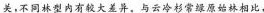
关，不同林型内有较大差异，与云冷杉常绿原始林相比，